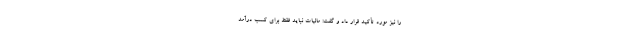
را نیز مورد تأکید قرار داد و گفت: مالیات نباید فقط برای کسب درآمد